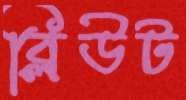
ব্লিউট